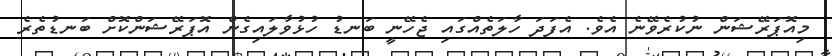
މިއޮޕަރޭޝަން ނުކުރެވޭނެ އެވެ. އެފަދަ ހާލަތެއްގައި ޖެހޭނީ ބަނޑު ހުޅުވާލައިގެން އޮޕަރޭޝަންކޮށް ބަނޑުތެރެ